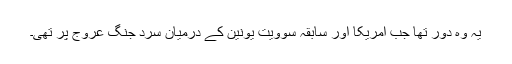
یہ وہ دور تھا جب امریکا اور سابقہ سوویت یونین کے درمیان سرد جنگ عروج پر تھی۔